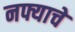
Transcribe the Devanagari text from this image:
नफ्याचे